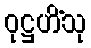
ဝုဋ္ဌဟိံသု